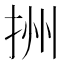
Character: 𢫧